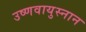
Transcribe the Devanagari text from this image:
उष्णवायुस्नान